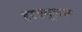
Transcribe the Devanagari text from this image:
हरक्‍यूलस